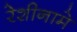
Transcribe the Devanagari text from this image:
रेशीनामे